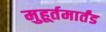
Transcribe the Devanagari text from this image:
मुहूर्तमार्तंड